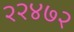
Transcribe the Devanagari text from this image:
२२४७२